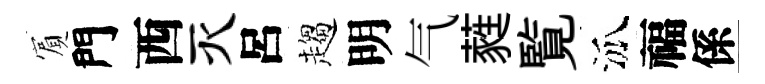
賔門西灭呂趨明气蕤覧泒福係